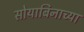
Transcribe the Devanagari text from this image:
सोयाबिनाच्या